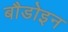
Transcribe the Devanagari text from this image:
बौडोइन